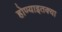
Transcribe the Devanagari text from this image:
होण्याइतक्या